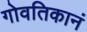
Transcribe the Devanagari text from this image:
गोवतिकानं